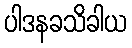
ပါဒနခသိခါယ